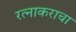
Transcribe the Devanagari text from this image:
रत्नाकराचा